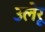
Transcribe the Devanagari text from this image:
उलेरू